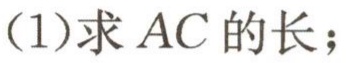
(1)求 \(AC\) 的长；